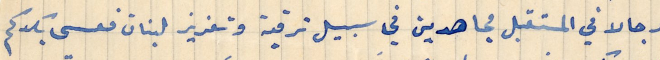
رجالا في المستقبل مجاهدين في سبيل ترقية وتعزيز لبنان فعسى بكدكم